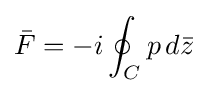
{\bar {F}}=-i\oint _{C}p\,d{\bar {z}}